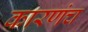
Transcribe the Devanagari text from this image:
कारणंच